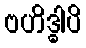
ဗဟိဒ္ဓါပိ